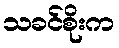
သခင်စိုးက